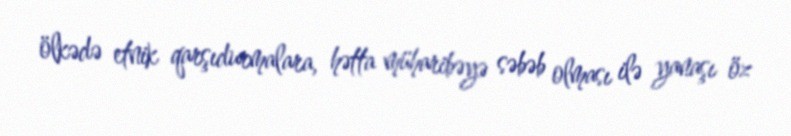
ölkədə etnik qarşıdurmalara, hətta müharibəyə səbəb olması ilə yanaşı öz